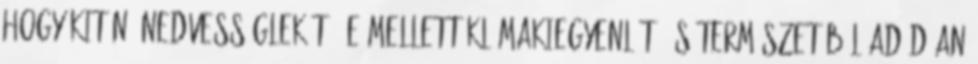
hogy kitűnő nedvességlekötő, e mellett klímakiegyenlítő és természetéből adódóan